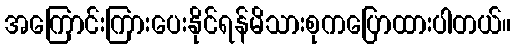
အကြောင်းကြားပေးနိုင်ရန်မိသားစုကပြောထားပါတယ်။